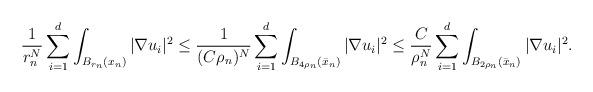
LaTeX: \begin{align*}\frac{1}{r_n^N} \sum_{i=1}^{d} \int_{B_{r_n}(x_n)} |\nabla u_i|^2 \leq \frac{1}{(C \rho_n)^N} \sum_{i=1}^{d} \int_{B_{4\rho_n}(\bar x_n)} |\nabla u_i|^2 \leq \frac{C}{\rho_n^N} \sum_{i=1}^{d} \int_{B_{2\rho_n}(\bar x_n)} |\nabla u_i|^2.\end{align*}